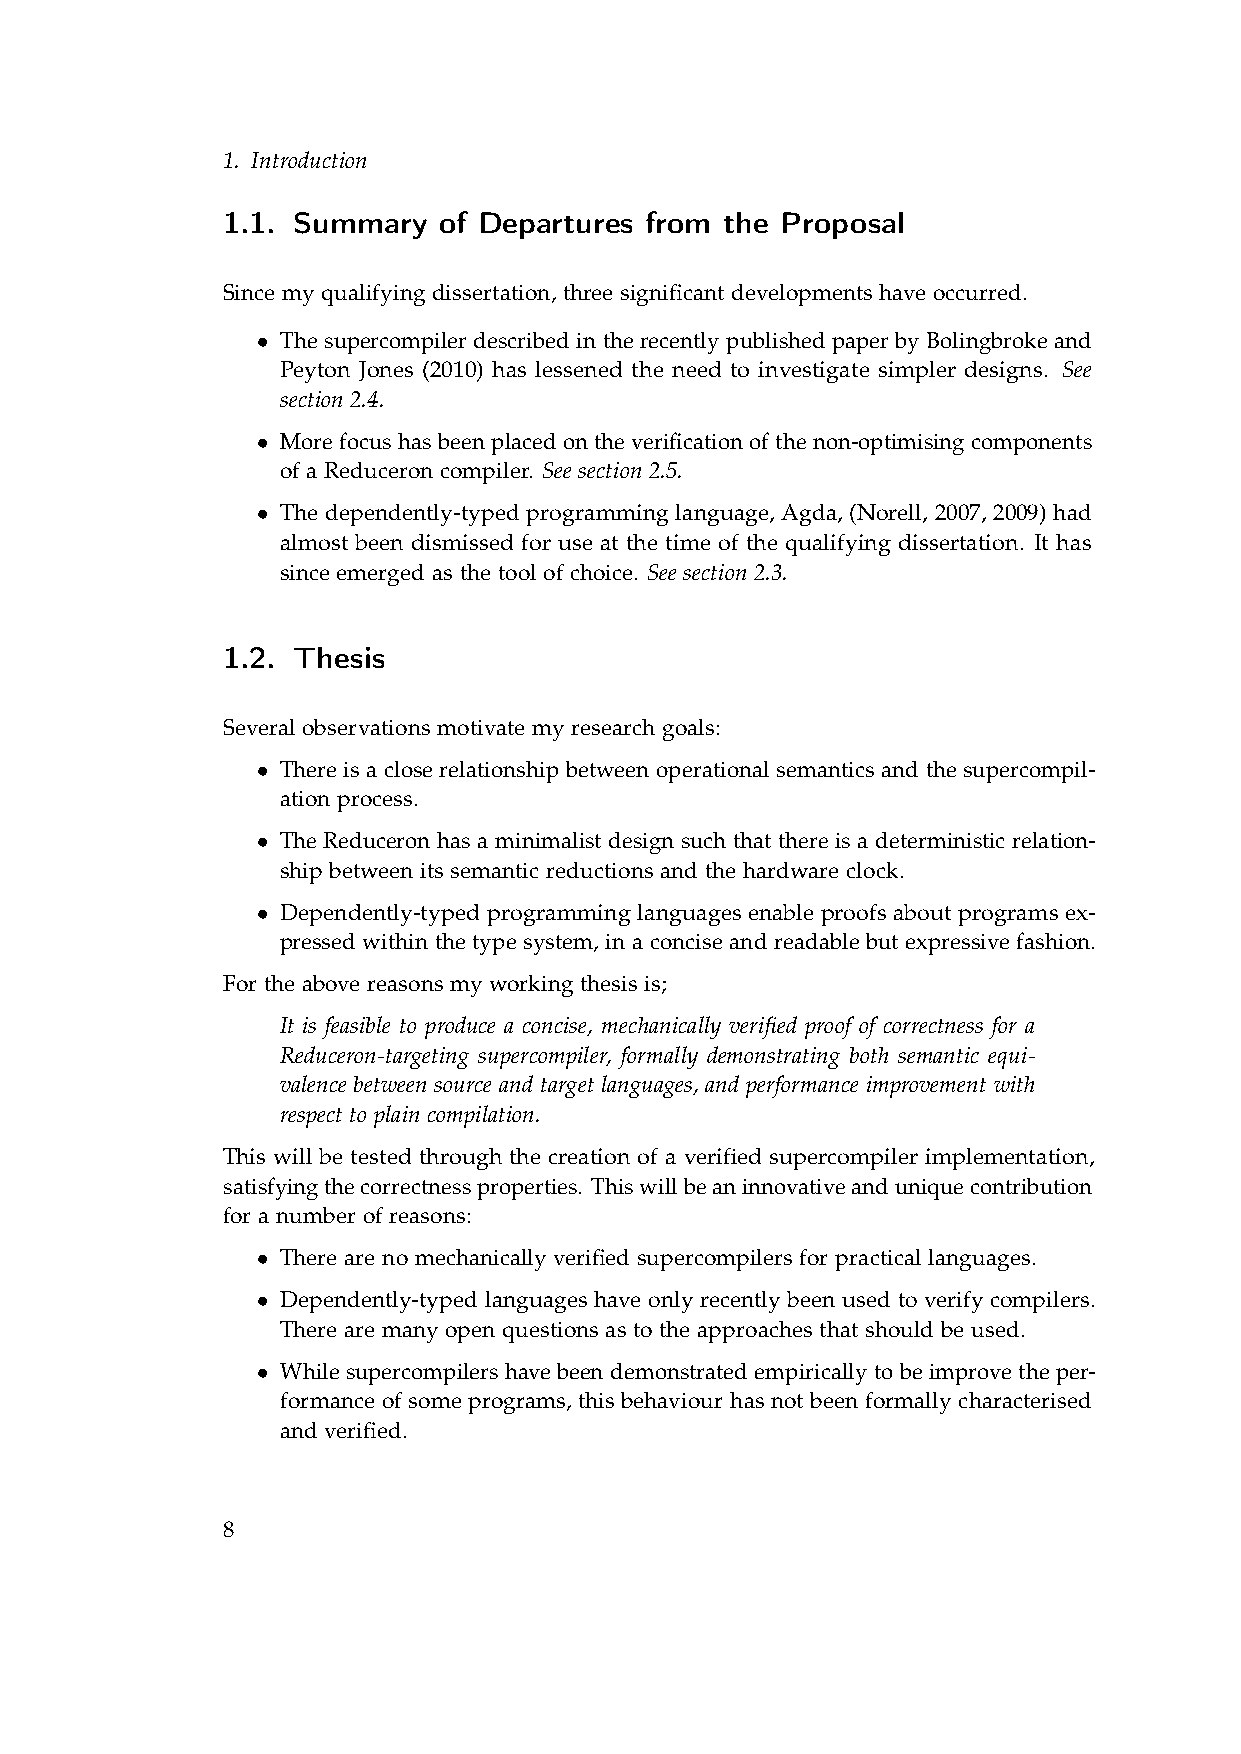
1. Introduction
 1.1. Summary  of Departures from the Proposal
 Since my qualifying dissertation, three significant developments have occurred.
 • The supercompiler described in the recently published paper by Bolingbroke and
 Peyton Jones (2010) has lessened the need to investigate simpler designs. See
 section 2.4.
 • More focus has been placed on the verification of the non-optimising components
 of a Reduceron compiler. See section 2.5.
 • The dependently-typed programming language, Agda, (Norell, 2007, 2009) had
 almost been dismissed for use at the time of the qualifying dissertation. It has
 since emerged as the tool of choice. See section 2.3.
 1.2. Thesis
 Several observations motivate my research goals:
 • There is a close relationship between operational semantics and the supercompil-
 ation process.
 • The Reduceron has a minimalist design such that there is a deterministic relation-
 ship between its semantic reductions and the hardware clock.
 • Dependently-typed programming languages enable proofs about programs ex-
 pressed within the type system, in a concise and readable but expressive fashion.
 For the above reasons my working thesis is;
 It is feasible to produce a concise, mechanically verified proof of correctness for a
 Reduceron-targeting supercompiler, formally demonstrating both semantic equi-
 valence between source and target languages, and performance improvement with
 respect to plain compilation.
 This will be tested through the creation of a verified supercompiler implementation,
 satisfyingthecorrectnessproperties. Thiswillbeaninnovativeanduniquecontribution
 for a number of reasons:
 • There are no mechanically verified supercompilers for practical languages.
 • Dependently-typed languages have only recently been used to verify compilers.
 There are many open questions as to the approaches that should be used.
 • While supercompilers have been demonstrated empirically to be improve the per-
 formance of some programs, this behaviour has not been formally characterised
 and verified.
 8